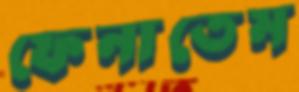
ফেনাতেম